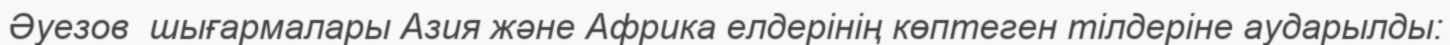
Әуезов  шығармалары Азия және Африка елдерінің көптеген тілдеріне аударылды: